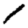
Digit: 1